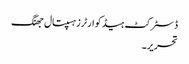
ڈسٹرکٹ ہیڈ کوارٹرزہسپتال جھنگ
تحریر۔